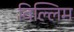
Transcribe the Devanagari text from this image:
विल्लिम